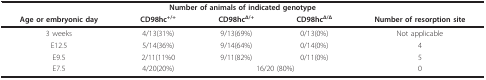
<table><thead><tr><td colspan="5"><b>Number of animals of indicated genotype</b></td></tr><tr><td><b>Age or embryonic day</b></td><td><b>CD98hc<sup>+/+</sup></b></td><td><b>CD98hc<sup>Δ/+</sup></b></td><td><b>CD98hc<sup>Δ/Δ</sup></b></td><td><b>Number of resorption site</b></td></tr></thead><tbody><tr><td>3 weeks</td><td>4/13(31%)</td><td>9/13(69%)</td><td>0/13(0%)</td><td>Not applicable</td></tr><tr><td>E12.5</td><td>5/14(36%)</td><td>9/14(64%)</td><td>0/14(0%)</td><td>4</td></tr><tr><td>E9.5</td><td>2/11(11%0</td><td>9/11(82%)</td><td>0/11(0%)</td><td>5</td></tr><tr><td>E7.5</td><td>4/20(20%)</td><td colspan="2">16/20 (80%)</td><td>0</td></tr></tbody></table>